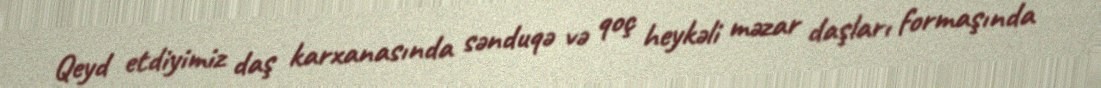
Qeyd etdiyimiz daş karxanasında sənduqə və qoç heykəli məzar daşları formaşında